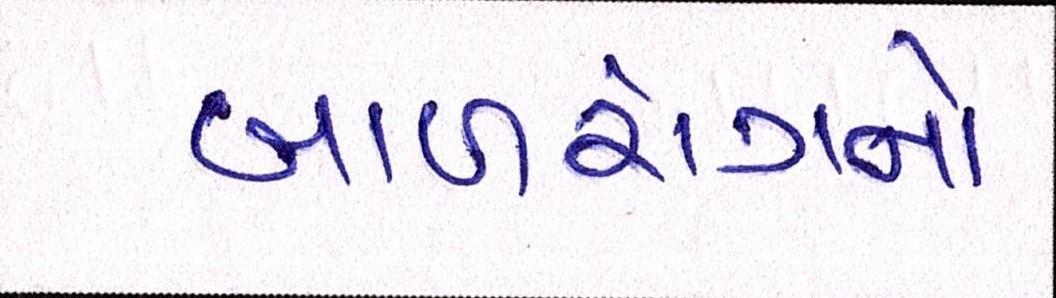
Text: બાળરોગનો